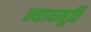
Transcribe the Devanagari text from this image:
न्यायमूति